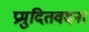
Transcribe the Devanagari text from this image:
प्रमुदितवदना